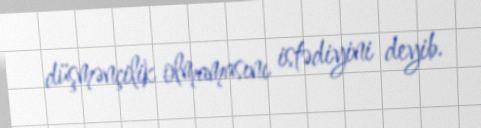
düşmənçilik olmamasını istədiyini deyib.